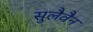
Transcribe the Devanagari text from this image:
सुलैवैन